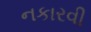
નકારવી